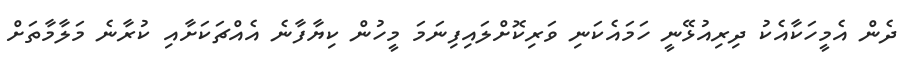
ދެން އެމީހަކާއެކު ދިރިއުޅޭނީ ހަމައެކަނި ވަރިކޮށްލައިފިނަމަ މީހުން ކިޔާފާނެ އެއްޗަކަށާއި ކުރާނެ މަލާމާތަށް